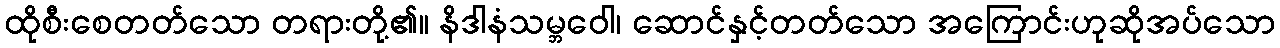
ထိုစီးစေတတ်သော တရားတို့၏။ နိဒါနံသမ္ဘဝေါ၊ ဆောင်နှင့်တတ်သော အကြောင်းဟုဆိုအပ်သော